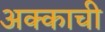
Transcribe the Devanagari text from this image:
अक्काची